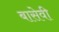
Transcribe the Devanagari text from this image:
बासेवी